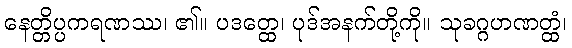
နေတ္တိပ္ပကရဏဿ၊ ၏။ ပဒတ္ထေ၊ ပုဒ်အနက်တို့ကို။ သုခဂ္ဂဟဏတ္ထံ၊